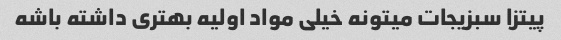
پیتزا سبزیجات میتونه خیلی مواد اولیه بهتری داشته باشه